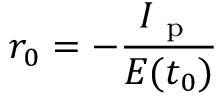
r _ { 0 } = - \frac { I _ { \mathrm { ~ p ~ } } } { E ( t _ { 0 } ) }